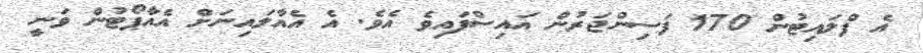
އެ ފްލައިޓުން 170 ފަސިންޖަރުން އައިސްފައިވެ އެވެ. އެ އެއާލައިނަށް އެއާޕޯޓުން ވަނީ